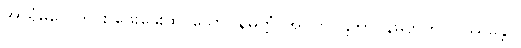
အာရုံမူလေတိုင်း ဖွေးဖွေးထင်သော။ နိမိတ္တံ၊ အဋ္ဌိကပဋိဘာဂနိမိတ်ကို။ ပဿန္တော၊